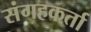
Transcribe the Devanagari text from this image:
संगहकर्ता